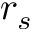
r _ { s }